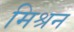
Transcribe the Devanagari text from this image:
मिश्रन